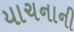
યાચનાની